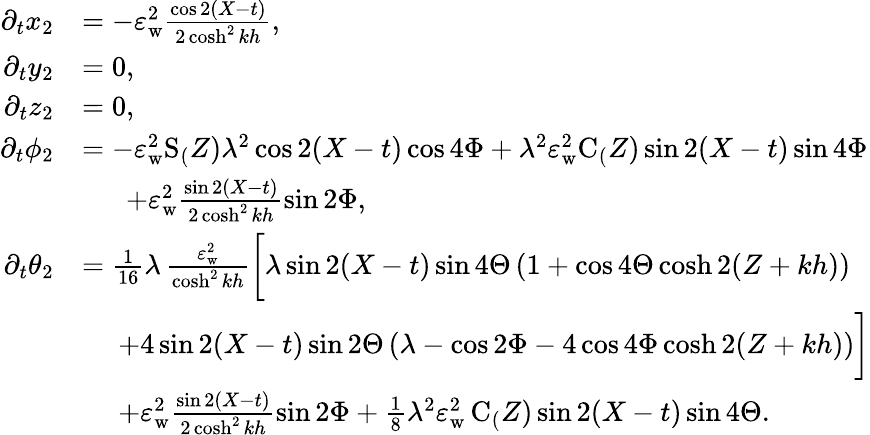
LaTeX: \begin{array}{rl}{\partial_{t}x_{2}}&{=-\varepsilon_{\mathrm{w}}^{2}\frac{\cos 2(X-t)}{2\cosh^{2}kh},}\\ {\partial_{t}y_{2}}&{=0,}\\ {\partial_{t}z_{2}}&{=0,}\\ {\partial_{t}{\phi_{2}}}&{=-\varepsilon_{\mathrm{w}}^{2}\mathrm{S}_(Z)\lambda^{2}\cos 2(X-t)\cos{4\Phi}+\lambda^{2}\varepsilon_{\mathrm{w}}^{2}\mathrm{C}_(Z)\sin 2(X-t)\sin{4\Phi}}\\ &{\quad\; \; +\varepsilon_{\mathrm{w}}^{2}\frac{\sin 2(X-t)}{2\cosh^{2}kh}\sin{2\Phi},}\\ {\partial_{t}{\theta_{2}}}&{=\frac{1}{16}\lambda\, \frac{\varepsilon_{\mathrm{w}}^{2}}{\cosh^{2}kh}\bigg[\lambda\sin 2(X-t)\sin{4\Theta}\, (1+\cos{4\Theta}\cosh 2(Z+kh))}\\ &{\quad\; +4\sin 2(X-t)\sin{2\Theta}\, (\lambda-\cos{2\Phi}-4\cos{4\Phi}\cosh 2(Z+kh))\bigg]}\\ &{\quad\; +\varepsilon_{\mathrm{w}}^{2}\frac{\sin 2(X-t)}{2\cosh^{2}kh}\sin{2\Phi}+\frac{1}{8}\lambda^{2}\varepsilon_{\mathrm{w}}^{2}\, \mathrm{C}_(Z)\sin 2(X-t)\sin{4\Theta}.}\end{array}